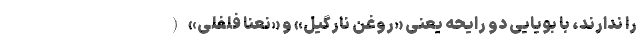
را ندارند، با بویایی دو رایحه یعنی «روغن نارگیل» و «نعنا فلفلی» (